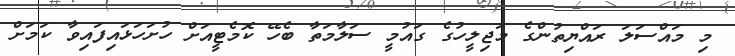
މި މައްސަލަ ރައްޔިތުންގެ މަޖިލީހުގެ ގައުމީ ސަލާމަތާ ބެހޭ ކޮމެޓީއަށް ހުށަހަޅައިފައިވާ ކަމަށް